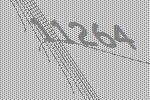
11264